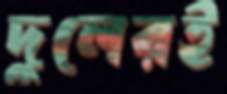
দুলেরই